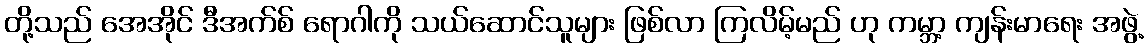
တို့သည် အေအိုင် ဒီအက်စ် ရောဂါကို သယ်ဆောင်သူများ ဖြစ်လာ ကြလိမ့်မည် ဟု ကမ္ဘာ့ ကျန်းမာရေး အဖွဲ့